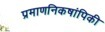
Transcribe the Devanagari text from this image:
प्रमाणनिकषांपिकी